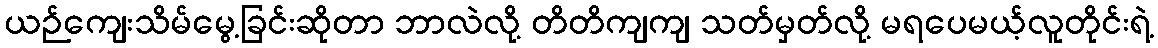
ယဉ်ကျေးသိမ်မွေ့ခြင်းဆိုတာ ဘာလဲလို့ တိတိကျကျ သတ်မှတ်လို့ မရပေမယ့်လူတိုင်းရဲ့